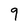
Character: 9